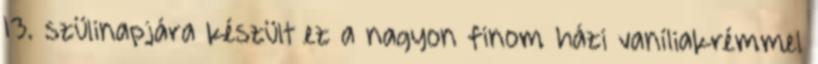
13. szülinapjára készült ez a nagyon finom házi vaníliakrémmel